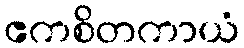
ဧကစိတကာယံ